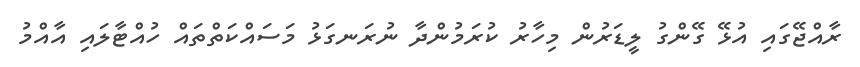
ރާއްޖޭގައި އުޅޭ ގޭންގު ލީޑަރުން މިހާރު ކުރަމުންދާ ނުރަނގަޅު މަސައްކަތްތައް ހުއްޓާލައި އާއްމު